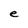
Character: e